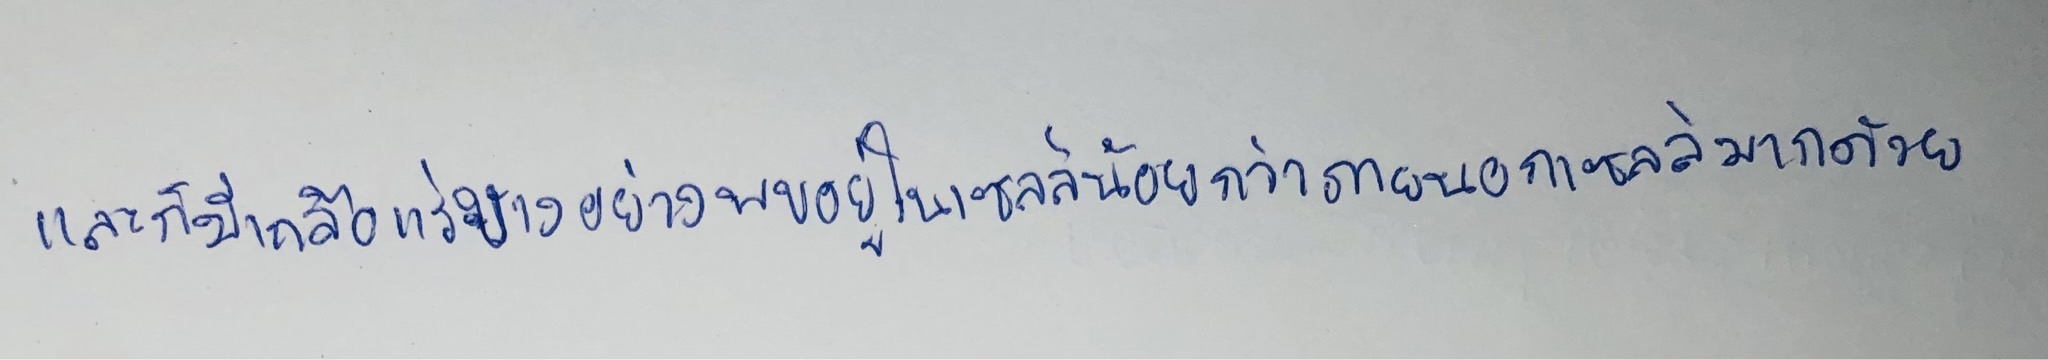
และก็มีเกลือแร่บางอย่างพบอยู่ในเซลล์น้อยกว่าภายนอกเซลล์มากด้วย